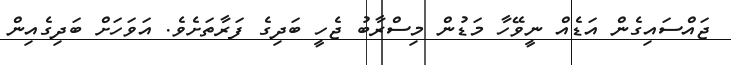
ޖައްސައިގެން އަޑެއް ނީވޭހާ މަޑުން މިސްރާބު ޖެހީ ބަދިގެ ފަރާތަށެވެ. އަވަހަށް ބަދިގެއިން